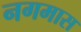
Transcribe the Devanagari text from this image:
नगमास